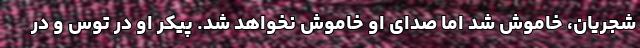
شجریان، خاموش شد اما صدای او خاموش نخواهد شد. پیکر او در توس و در